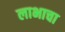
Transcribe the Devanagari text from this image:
लाभाचा